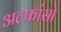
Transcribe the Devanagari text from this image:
अल्फांसो